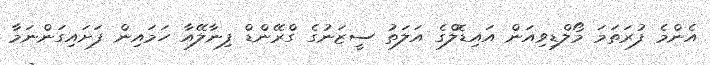
އެންމެ ފުރަތަމަ މޯލްޑިވިއަން އައިޑޮލްގެ އަލަތު ސީޒަނުގެ ގްރޭންޑް ފިނާލޭއާ ހަމައިން ފަށައިގަންނަމާ